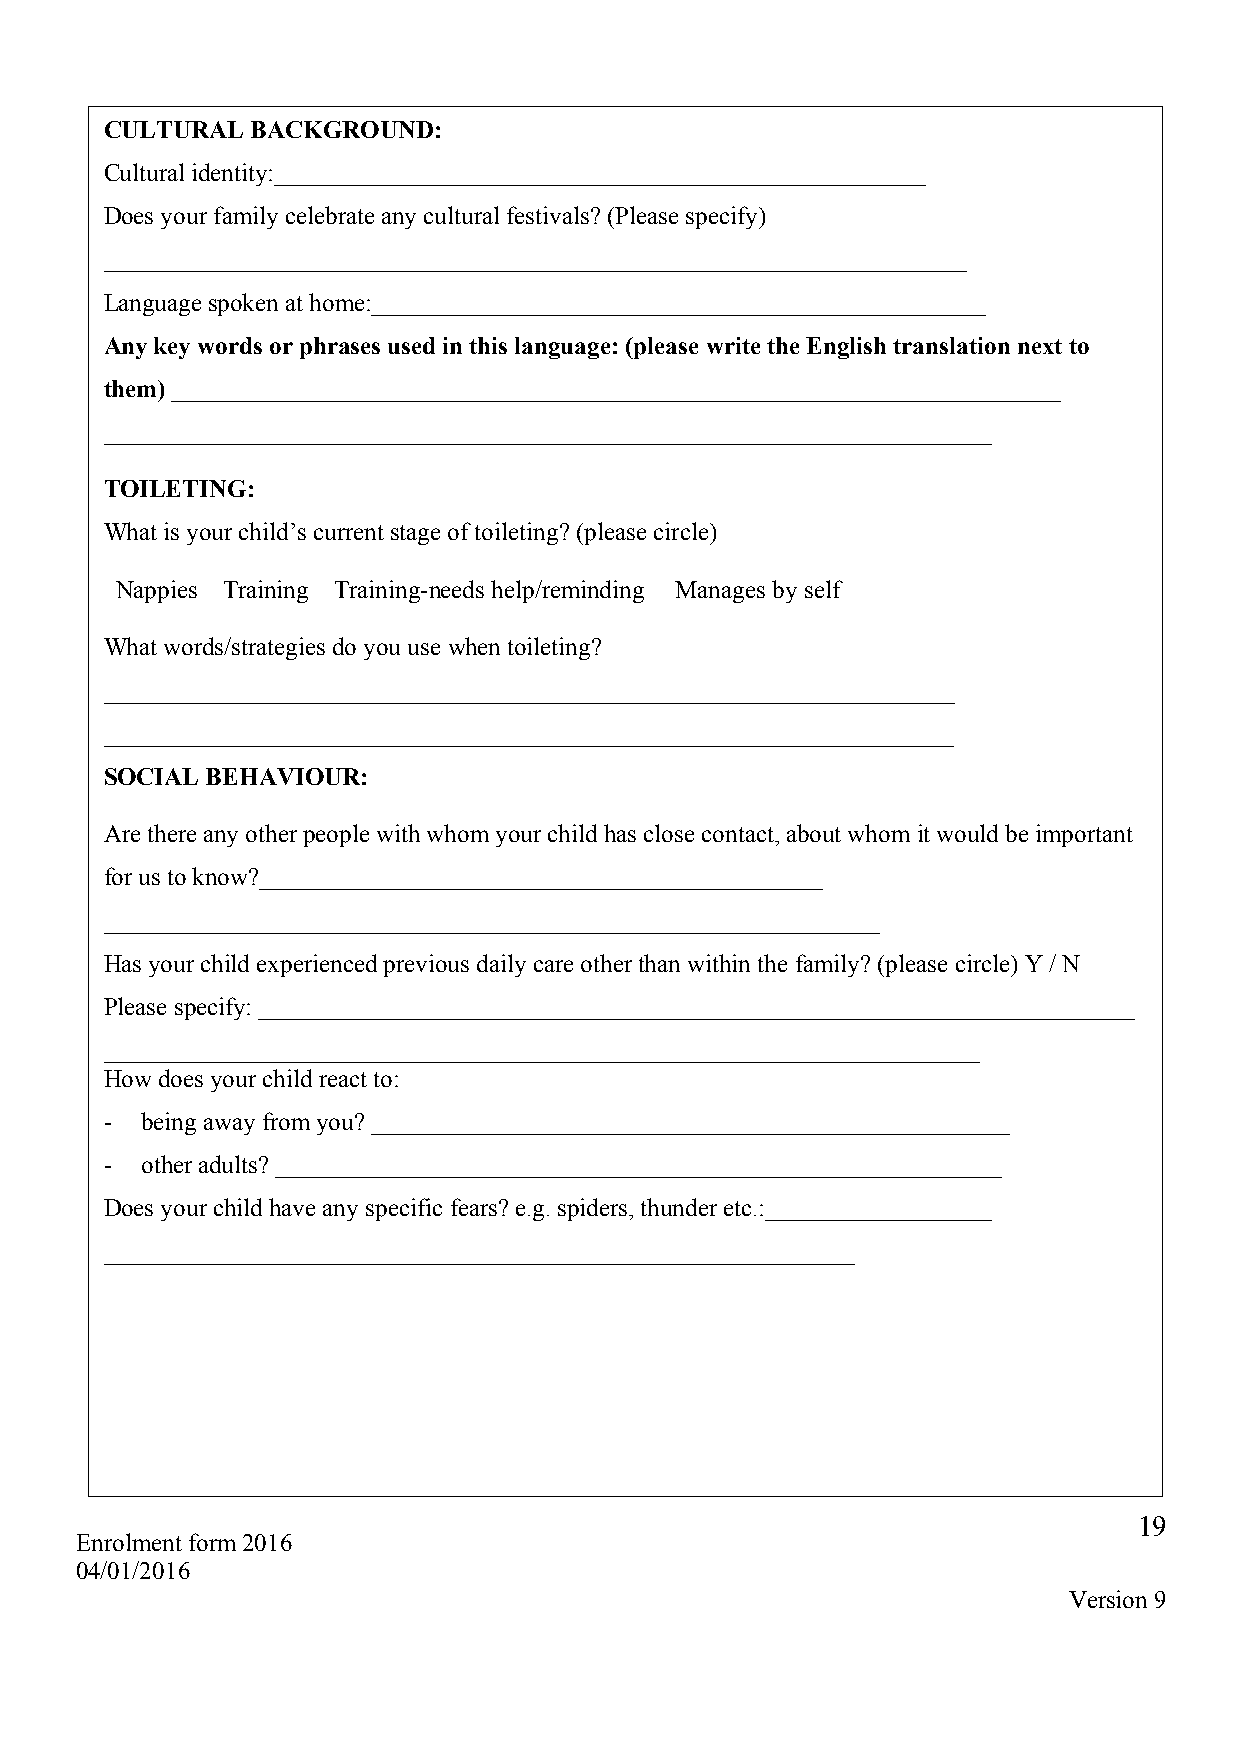
CULTURAL  BACKGROUND:
 Cultural identity:____________________________________________________
 Does your family celebrate any cultural festivals? (Please specify)
 _____________________________________________________________________
 Language spoken at home:_________________________________________________
 Any key words or phrases used in this language: (please write the English translation next to
 them) _______________________________________________________________________
 _______________________________________________________________________
 TOILETING:
 What is your child’s current stage of toileting? (please circle)
 Nappies Training Training-needs help/reminding Manages by self
 What words/strategies do you use when toileting?
 ____________________________________________________________________
 ____________________________________________________________________
 SOCIAL BEHAVIOUR:
 Are there any other people with whom your child has close contact, about whom it would be important
 for us to know?_____________________________________________
 ______________________________________________________________
 Has your child experienced previous daily care other than within the family? (please circle) Y / N
 Please specify: ______________________________________________________________________
 ______________________________________________________________________
 How does your child react to:
 - being away from you? ___________________________________________________
 - other adults? __________________________________________________________
 Does your child have any specific fears? e.g. spiders, thunder etc.:__________________
 ____________________________________________________________
 19
 Enrolment form 2016
 04/01/2016
 Version 9